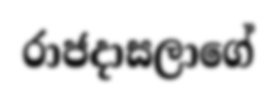
රාජදාසලාගේ